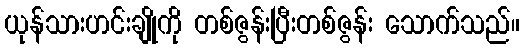
ယုန်သားဟင်းချိုကို တစ်ဇွန်းပြီးတစ်ဇွန်း သောက်သည်။